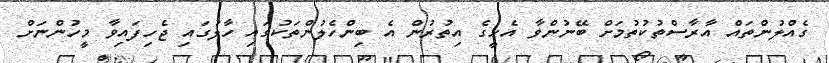
ގެއްލުންތައް އާރާސްތުކުތުމަށް ބޭނުންވާ އެހީގެ އިތުރުން އެ ބިންހެލުންތަކުގައި ހާލުގައި ޖެހިފައިވާ މީހުންނަށް